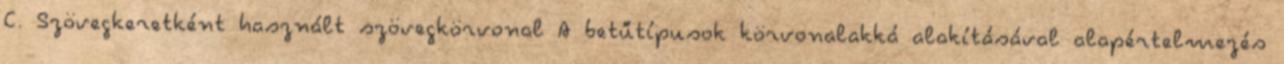
C. Szövegkeretként használt szövegkörvonal A betűtípusok körvonalakká alakításával alapértelmezés